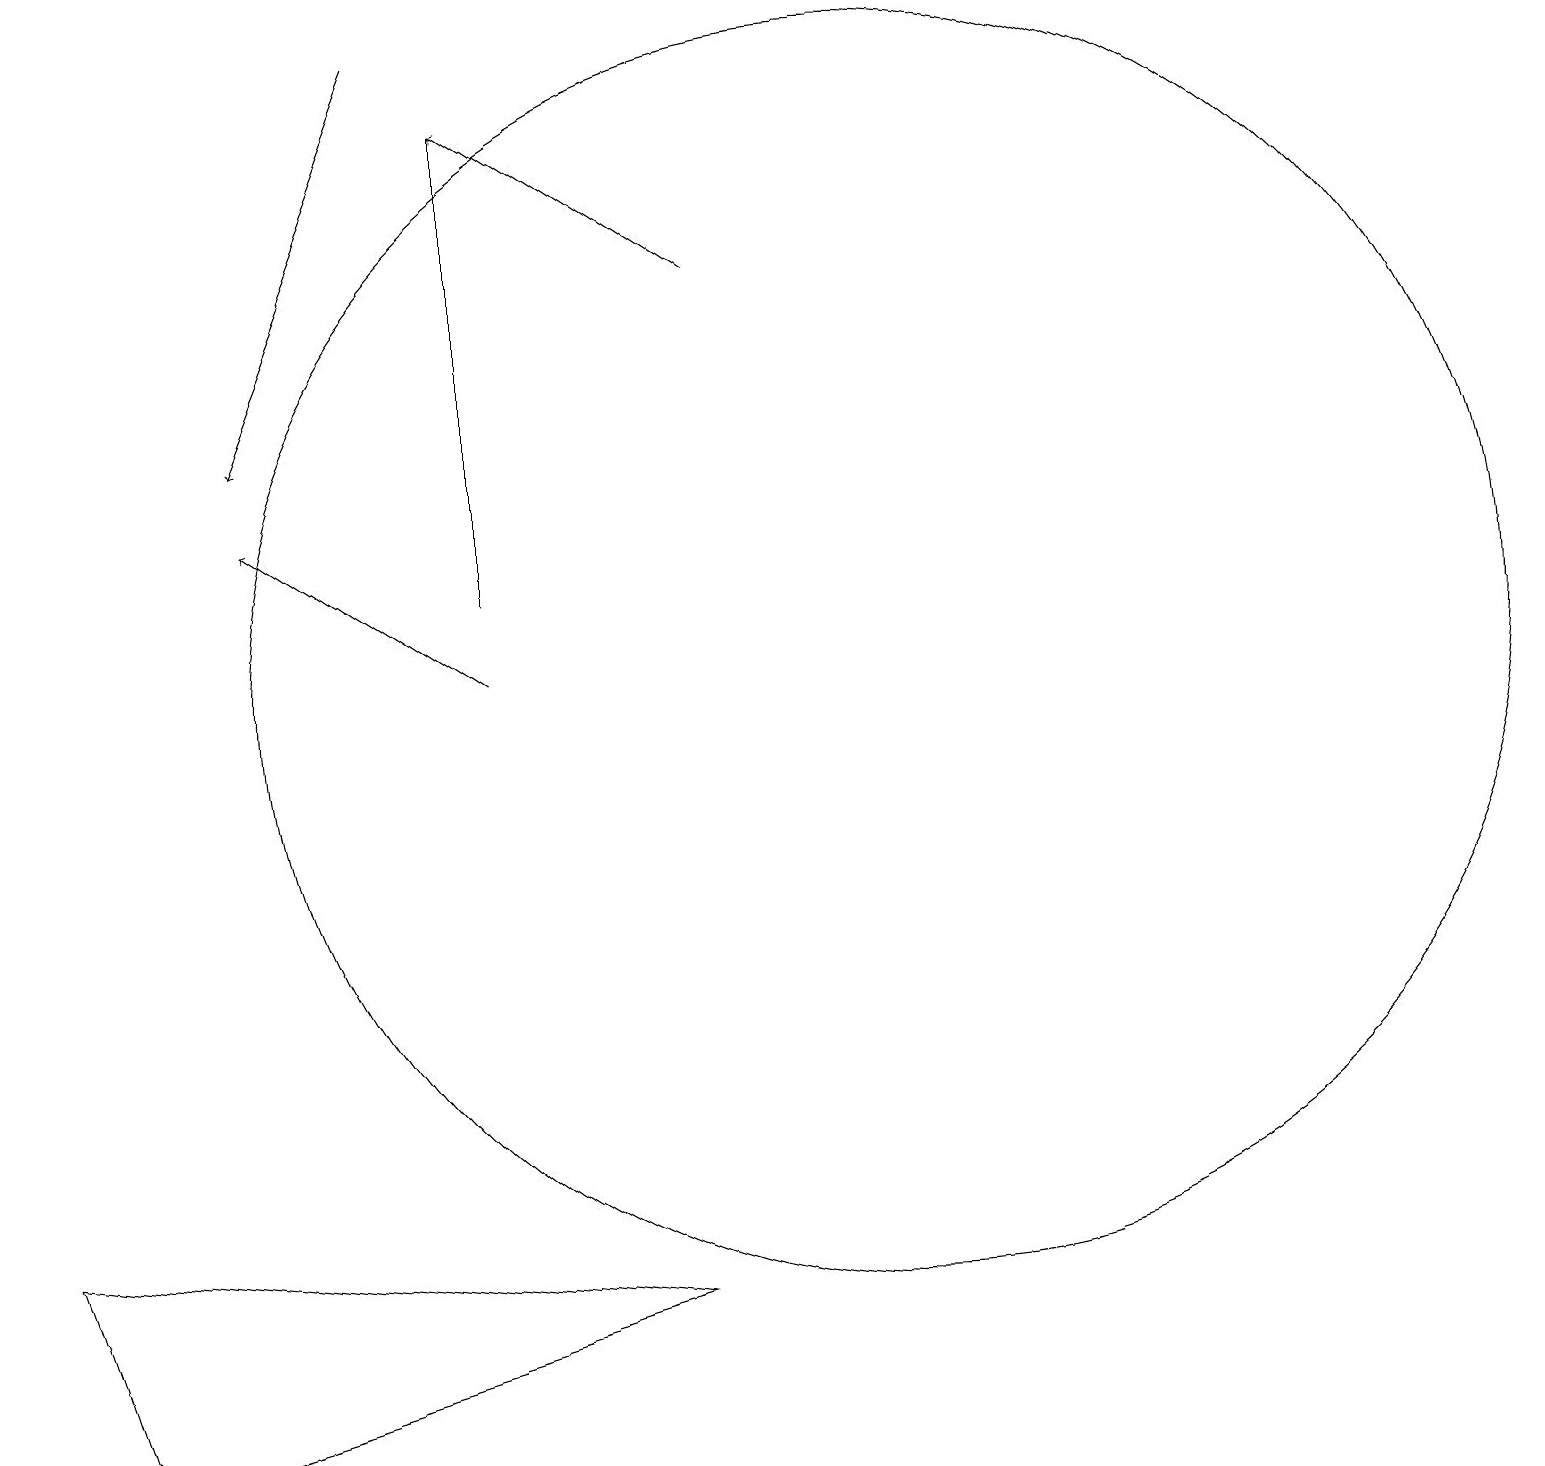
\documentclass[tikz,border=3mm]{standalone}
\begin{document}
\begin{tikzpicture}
\draw[->] (5,18) -- (3,13);
\draw (0,3) -- (1,0) -- (8,2) -- cycle;
\draw[->] (6,10) -- (3,12);
\draw (11,10) circle (8);
\draw (6,17) rectangle (6,11);
\draw[->] (9,15) -- (6,17);
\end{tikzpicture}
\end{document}